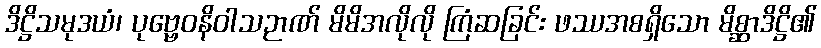
ဒိဋ္ဌိသမုဒယံ၊ ပုဗ္ဗေဝနိဝါသဉာဏ် မိမိအလိုလို ကြံဆခြင်း ဖဿအစရှိသော မိစ္ဆာဒိဋ္ဌိ၏